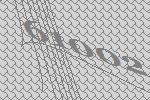
61002